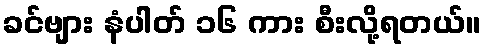
ခင်ဗျား နံပါတ် ၁၆ ကား စီးလို့ရတယ်။